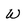
Character: W